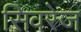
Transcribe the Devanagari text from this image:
सिवरेज